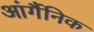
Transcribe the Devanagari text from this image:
आंर्गैनिक